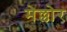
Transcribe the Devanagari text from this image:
मेल्लोर